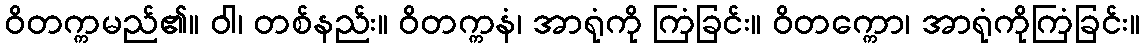
ဝိတက္ကမည်၏။ ဝါ၊ တစ်နည်း။ ဝိတက္ကနံ၊ အာရုံကို ကြံခြင်း။ ဝိတက္ကော၊ အာရုံကိုကြံခြင်း။